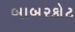
બાબરકોટ